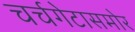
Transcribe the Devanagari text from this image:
चर्चगेटासमोर